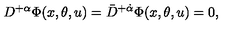
D ^ { + \alpha } \Phi ( x , \theta , u ) = \bar { D } ^ { + \dot { \alpha } } \Phi ( x , \theta , u ) = 0 ,